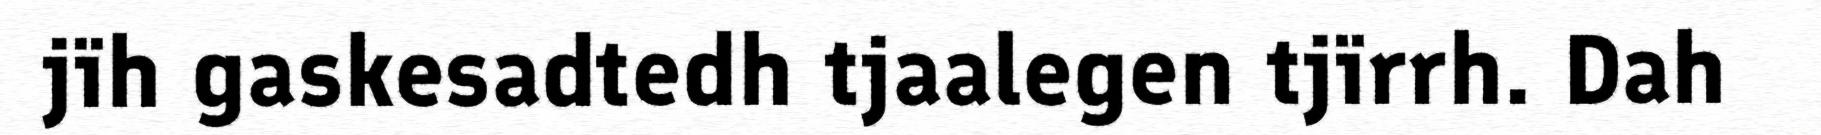
jïh gaskesadtedh tjaalegen tjïrrh. Dah